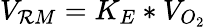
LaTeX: V_{\mathcal{R}M}=K_{E}*V_{O_{2}}